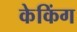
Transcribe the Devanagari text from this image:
केकिंग